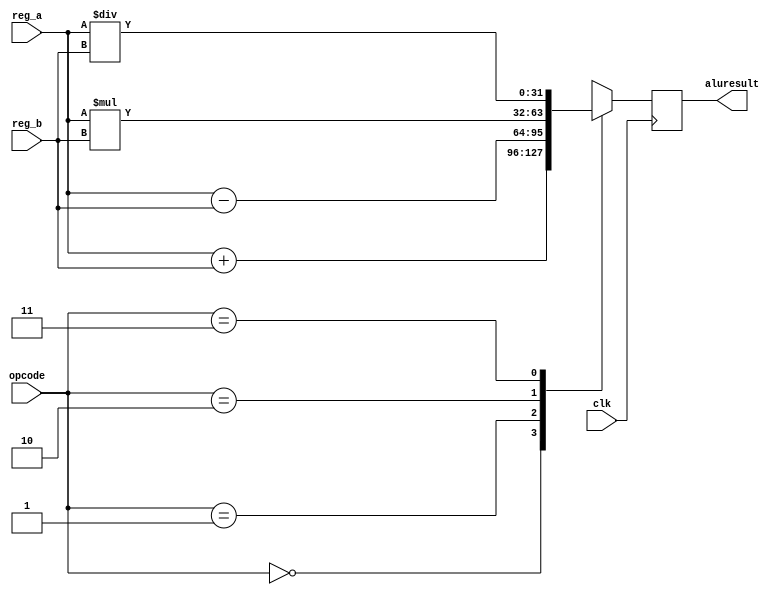
// `include "pa_decode.v"

module execute(output reg [31:0] aluresult,
               input [31:0] reg_a,
               input [31:0] reg_b,
               input [1:0]  opcode,
               input        clk);

   always @ (posedge clk) begin
    // executing the received operands in ALU. Since we know its add 
    // instruction is to be executed, we set as the default case to 
    // be executed.
      case (opcode)
        2'b00: aluresult = reg_a + reg_b;
        2'b01: aluresult = reg_a - reg_b;
        2'b10: aluresult = reg_a * reg_b;
        2'b11: aluresult = reg_a / reg_b;
        default: aluresult = reg_a + reg_b;
      endcase // case (opcode)
    
    // prints the input operands and the result obtained from alu.
    // $strobe("(:instr-execute (:reg-a %d :reg-b: %d :aluresult %d))",
    //          reg_a, reg_b, aluresult);
   end
endmodule // execute

// module tb_execute;
//    wire [31:0] instr;
//    wire [31:0] counter;
//    wire [4:0]  write_dest;
//    wire [31:0] read_reg_1;
//    wire [31:0] read_reg_2;
//    wire [31:0] aluresult;
//    reg [1:0]   opcode;
//    reg         clk1;
//    reg         clk2;
//    reg         clk3;
// 
//    fetch m0(instr, counter, clk1);
//    decode m1(write_dest, read_reg_1, read_reg_2, instr, clk2);
//    execute m2(aluresult, read_reg_1, read_reg_2, opcode, clk3);
// 
//    initial begin
//       clk1 = 0;
//       clk2 = 0;
//       clk3 = 0;
//       opcode = 2'b00;
// 
//       #32 $finish;
//    end
// 
//    always #1 begin
//       clk1 = ~clk1;
//       clk2 = ~clk2;
//       clk3 = ~clk3;
//    end
// 
//    always #2 $strobe("\n");
// 
// endmodule // tb_execute